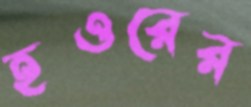
হওরের